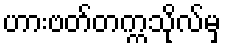
ဟားဗတ်တက္ကသိုလ်မှ